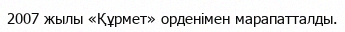
2007 жылы «Құрмет» орденімен марапатталды.